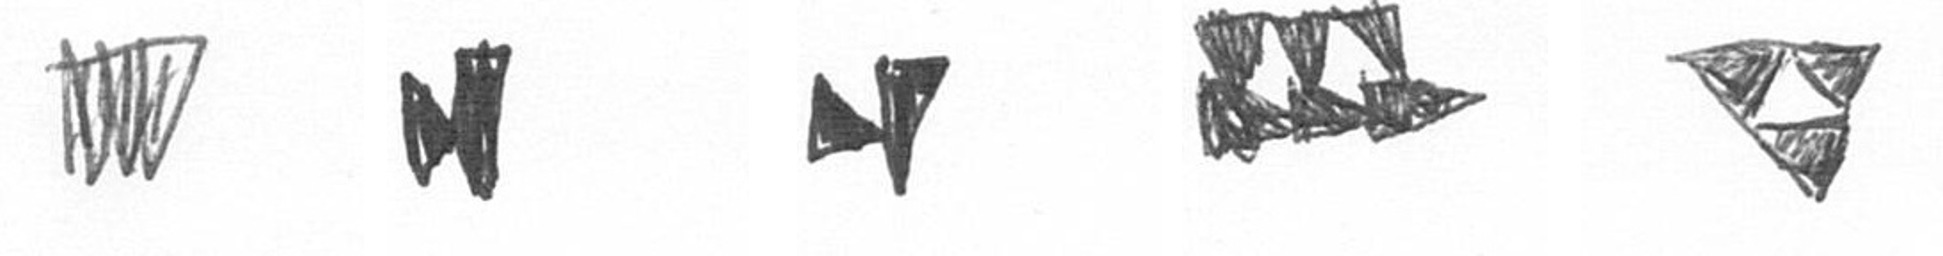
L M M D S